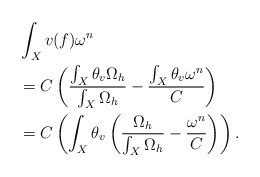
\begin{align*}&\int_{X}v(f)\omega^{n}\\&=C\left(\frac{\int_{X}\theta_{v}\Omega_{h}}{\int_{X}\Omega_{h}}-\frac{\int_{X}\theta_{v}\omega^{n}}{C}\right)\\&=C\left(\int_{X}\theta_{v}\left(\frac{\Omega_{h}}{\int_{X}\Omega_{h}}-\frac{\omega^{n}}{C}\right)\right).\end{align*}